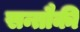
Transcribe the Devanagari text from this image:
सन्तौकी